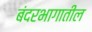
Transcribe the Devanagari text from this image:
बंदरभागातील